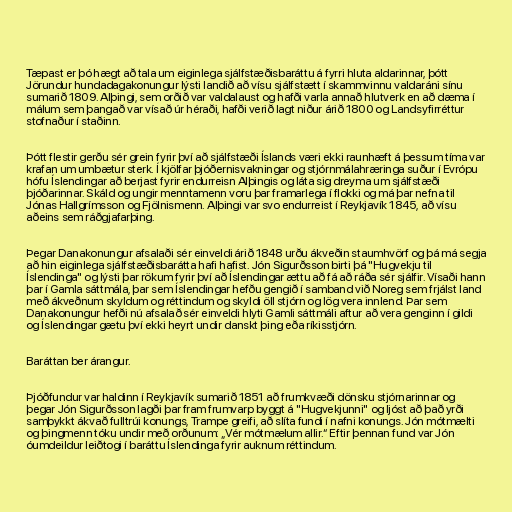
Tæpast er þó hægt að tala um eiginlega sjálfstæðisbaráttu á fyrri hluta aldarinnar, þótt
Jörundur hundadagakonungur lýsti landið að vísu sjálfstætt í skammvinnu valdaráni sínu
sumarið 1809. Alþingi, sem orðið var valdalaust og hafði varla annað hlutverk en að dæma í
málum sem þangað var vísað úr héraði, hafði verið lagt niður árið 1800 og Landsyfirréttur
stofnaður í staðinn.

Þótt flestir gerðu sér grein fyrir því að sjálfstæði Íslands væri ekki raunhæft á þessum tíma var
krafan um umbætur sterk. Í kjölfar þjóðernisvakningar og stjórnmálahræringa suður í Evrópu
hófu Íslendingar að berjast fyrir endurreisn Alþingis og láta sig dreyma um sjálfstæði
þjóðarinnar. Skáld og ungir menntamenn voru þar framarlega í flokki og má þar nefna til
Jónas Hallgrímsson og Fjölnismenn. Alþingi var svo endurreist í Reykjavík 1845, að vísu
aðeins sem ráðgjafarþing.

Þegar Danakonungur afsalaði sér einveldi árið 1848 urðu ákveðin staumhvörf og þá má segja
að hin eiginlega sjálfstæðisbarátta hafi hafist. Jón Sigurðsson birti þá "Hugvekju til
Íslendinga" og lýsti þar rökum fyrir því að Íslendingar ættu að fá að ráða sér sjálfir. Vísaði hann
þar í Gamla sáttmála, þar sem Íslendingar hefðu gengið í samband við Noreg sem frjálst land
með ákveðnum skyldum og réttindum og skyldi öll stjórn og lög vera innlend. Þar sem
Danakonungur hefði nú afsalað sér einveldi hlyti Gamli sáttmáli aftur að vera genginn í gildi
og Íslendingar gætu því ekki heyrt undir danskt þing eða ríkisstjórn.

Baráttan ber árangur.

Þjóðfundur var haldinn í Reykjavík sumarið 1851 að frumkvæði dönsku stjórnarinnar og
þegar Jón Sigurðsson lagði þar fram frumvarp byggt á "Hugvekjunni" og ljóst að það yrði
samþykkt ákvað fulltrúi konungs, Trampe greifi, að slíta fundi í nafni konungs. Jón mótmælti
og þingmenn tóku undir með orðunum: „Vér mótmælum allir.“ Eftir þennan fund var Jón
óumdeildur leiðtogi í baráttu Íslendinga fyrir auknum réttindum.